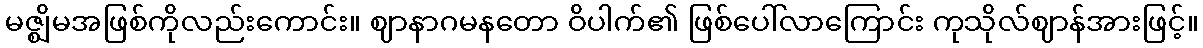
မဇ္ဈိမအဖြစ်ကိုလည်းကောင်း။ ဈာနာဂမနတော ဝိပါက်၏ ဖြစ်ပေါ်လာကြောင်း ကုသိုလ်ဈာန်အားဖြင့်။